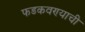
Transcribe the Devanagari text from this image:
फडकवण्याची